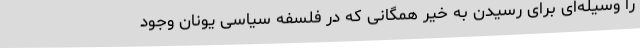
را وسیله‌ای برای رسیدن به خیر همگانی که در فلسفه سیاسی یونان وجود